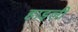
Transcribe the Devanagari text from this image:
हाइली